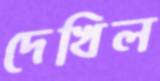
দেখিল